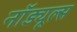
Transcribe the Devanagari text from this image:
नॉड्यूल्स